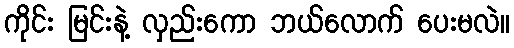
ကိုင်း မြင်းနဲ့ လှည်းကော ဘယ်လောက် ပေးမလဲ။